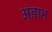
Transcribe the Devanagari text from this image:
अंडाभ